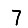
Digit: 7